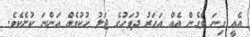
އެއީ ގިނަ ވެގެން އެއް އަހަރު ދުވަހުގެ ޖަލު ހުކުމެއް އަންނަ ކުށެކެވެ.